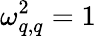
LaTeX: \omega_{q,q}^{2}=1